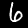
Digit: 6